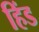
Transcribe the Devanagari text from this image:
हिंड